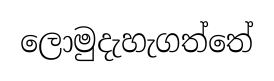
ලොමුදැහැගත්තේ